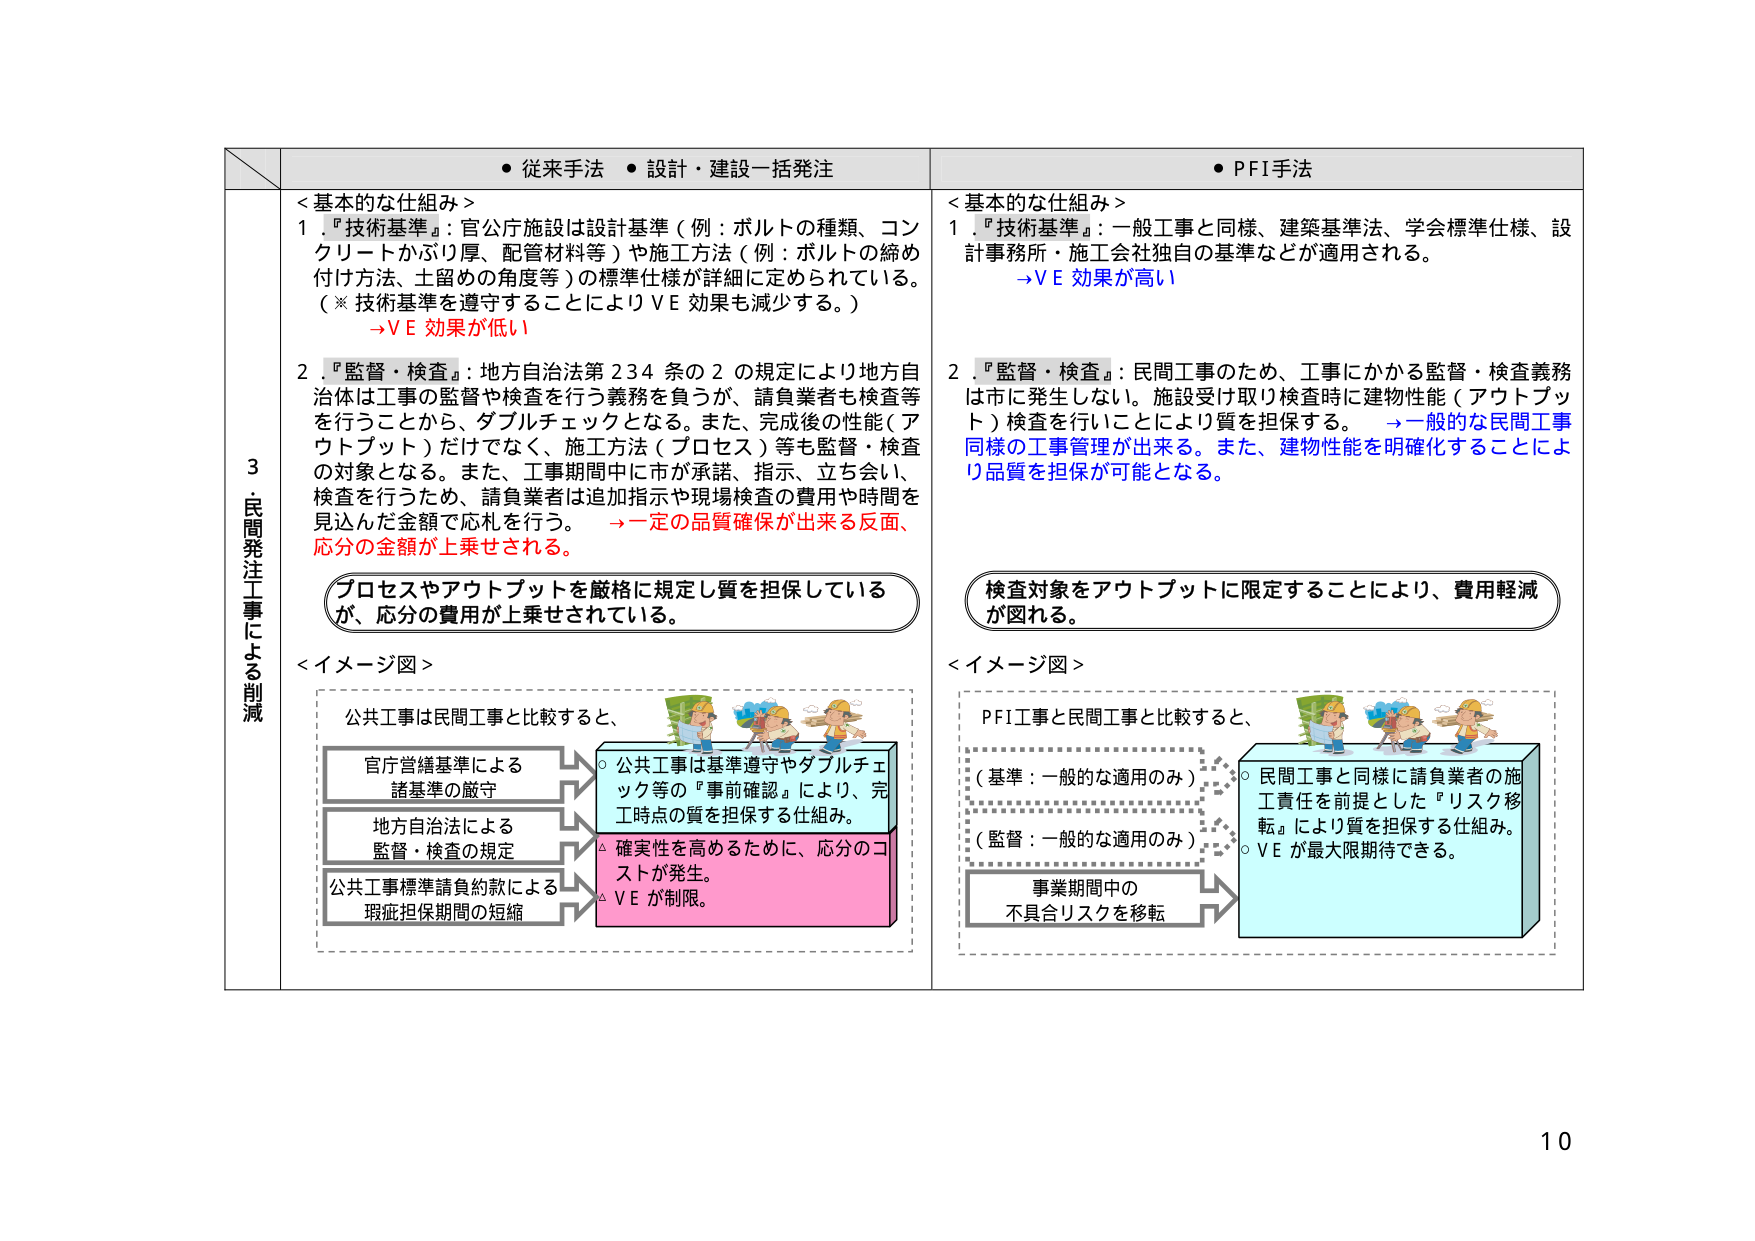
3．民間発注工事による削減

● 従来手法 ● 設計・建設一括発注

＜基本的な仕組み＞
1．『技術基準』：官公庁施設は設計基準（例：ボルトの種類、コンクリートかぶり厚、配管材料等）や施工方法（例：ボルトの締め付け方法、土留めの角度等）の標準仕様が詳細に定められている。
（※ 技術基準を遵守することによりＶＥ効果も減少する。）
→ＶＥ効果が低い

2．『監督・検査』：地方自治法第234条の2の規定により地方自治体は工事の監督や検査を行う義務を負うが、請負業者も検査等を行うことから、ダブルチェックとなる。また、完成後の性能（アウトプット）だけでなく、施工方法（プロセス）等も監督・検査の対象となる。また、工事期間中に市が承諾、指示、立ち会い、検査を行うため、請負業者は追加指示や現場検査の費用や時間を見込んだ金額で応札を行う。
→一定の品質確保が出来る反面、応分の金額が上乗せされる。

プロセスやアウトプットを厳格に規定し質を担保しているが、応分の費用が上乗せされている。

＜イメージ図＞
公共工事は民間工事と比較すると、
官庁営繕基準による諸基準の厳守
地方自治法による監督・検査の規定
公共工事標準請負約款による瑕疵担保期間の短縮
○ 公共工事は基準遵守やダブルチェック等の『事前確認』により、完工時点の質を担保する仕組み。
△ 確実性を高めるために、応分のコストが発生。
△ ＶＥが制限。

● PFI手法

＜基本的な仕組み＞
1．『技術基準』：一般工事と同様、建築基準法、学会標準仕様、設計事務所・施工会社独自の基準などが適用されている。
→ＶＥ効果が高い

2．『監督・検査』：民間工事のため、工事にかかる監督・検査義務は市に発生しない。施設受け取り検査時に建物性能（アウトプット）検査を行うことにより質を担保する。
→一般的な民間工事同様の工事管理が出来る。また、建物性能を明確化することにより品質を担保が可能となる。

検査対象をアウトプットに限定することにより、費用軽減が図れる。

＜イメージ図＞
PFI工事と民間工事と比較すると、
（基準：一般的な適用のみ）
（監督：一般的な適用のみ）
事業期間中の不具合リスクを移転
○ 民間工事と同様に請負業者の施工責任を前提とした『リスク移転』により質を担保する仕組み。
○ ＶＥが最大限期待できる。

10